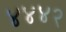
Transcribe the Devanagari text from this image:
४४४२